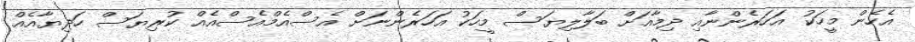
އެހެން މީހަކު އަހަރެންނާއި ދިމާއަށް ބަލާލިޔަސް މީހަކު އަހަރެންނަށް އެސްއެމްއެސްއެއް ކުރިޔަސް ހަދިޔާއެއް